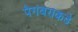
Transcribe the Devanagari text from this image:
पैगंबराकडे